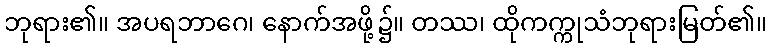
ဘုရား၏။ အပရဘာဂေ၊ နောက်အဖို့၌။ တဿ၊ ထိုကက္ကုသံဘုရားမြတ်၏။